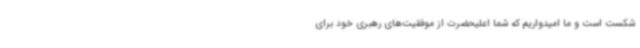
شکست است و ما امیدواریم که شما اعلیحضرت از موفقیت‌های رهبری خود برای